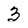
Character: 3